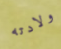
ولادته